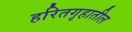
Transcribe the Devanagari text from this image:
हरितगृहातील